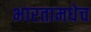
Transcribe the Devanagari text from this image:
भारतामधेच